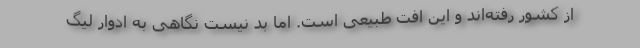
از کشور رفته‌اند و این افت طبیعی است. اما بد نیست نگاهی به ادوار لیگ